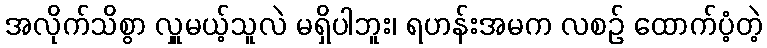
အလိုက်သိစွာ လှူမယ့်သူလဲ မရှိပါဘူး၊ ရဟန်းအမက လစဉ် ထောက်ပံ့တဲ့